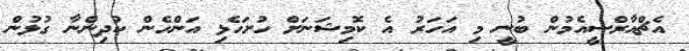
އެޗްއާރްސީއެމުން ބުނީ މި އަހަރު އެ ކޮމިޝަނަށް ހުށަހެޅި އަންހެން ކުދިންނާ ގުޅުން